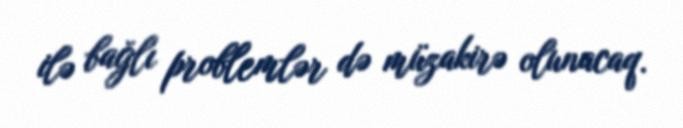
ilə bağlı problemlər də müzakirə olunacaq.